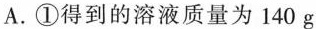
A.①得到的溶液质量为140g